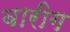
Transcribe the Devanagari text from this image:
बारीग